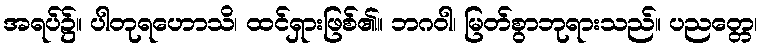
အရပ်၌။ ပါတုရဟောသိ၊ ထင်ရှားဖြစ်၏။ ဘဂဝါ၊ မြတ်စွာဘုရားသည်။ ပညတ္တေ၊